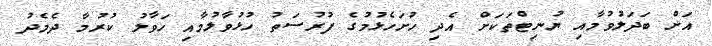
އަށް ބަދަލުވުމާއި ޔުނިޓްތަކަށް އެދި ހުށަހެޅުމުގެ ފުރުސަތު ހުޅުވާލުމާއި ހަވާލު ކުރުމާ ދެމެދު